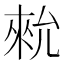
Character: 𪝗